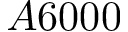
A 6 0 0 0